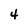
Character: 4